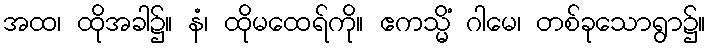
အထ၊ ထိုအခါ၌။ နံ၊ ထိုမထေရ်ကို။ ဧကသ္မိံ ဂါမေ၊ တစ်ခုသောရွာ၌။